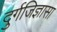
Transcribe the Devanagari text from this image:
दुर्गजिज्ञासा